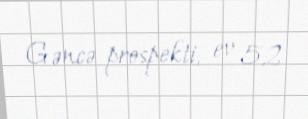
Gəncə prospekti, ev 52